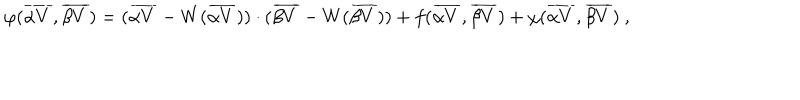
LaTeX: \varphi ( { \overline { { { \alpha V } } } } , { \overline { { { \beta V } } } } ) = ( { \overline { { { \alpha V } } } } - W ( { \overline { { { \alpha V } } } } ) ) \cdot ( { \overline { { { \beta V } } } } - W ( { \overline { { { \beta V } } } } ) ) + f ( { \overline { { { \alpha V } } } } , { \overline { { { \beta V } } } } ) + \chi ( { \overline { { { \alpha V } } } } , { \overline { { { \beta V } } } } ) ~ ,